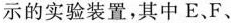
示的实验装置，其中E、F、